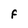
Character: F